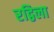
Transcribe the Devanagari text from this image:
रद्विला